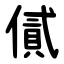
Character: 㒃